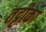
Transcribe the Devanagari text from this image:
तट्टीका